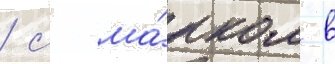
/ с ма́рком в